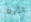
بأية